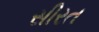
સીરત